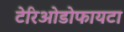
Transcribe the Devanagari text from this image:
टेरिओडोफायटा